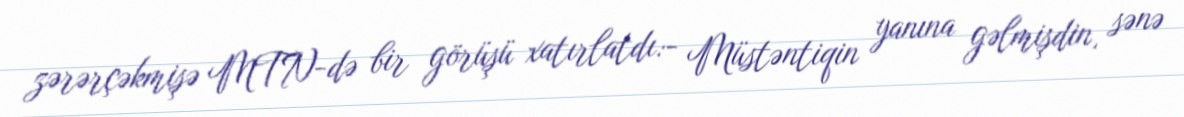
zərərçəkmişə MTN-də bir görüşü xatırlatdı:- Müstəntiqin yanına gəlmişdin, sənə